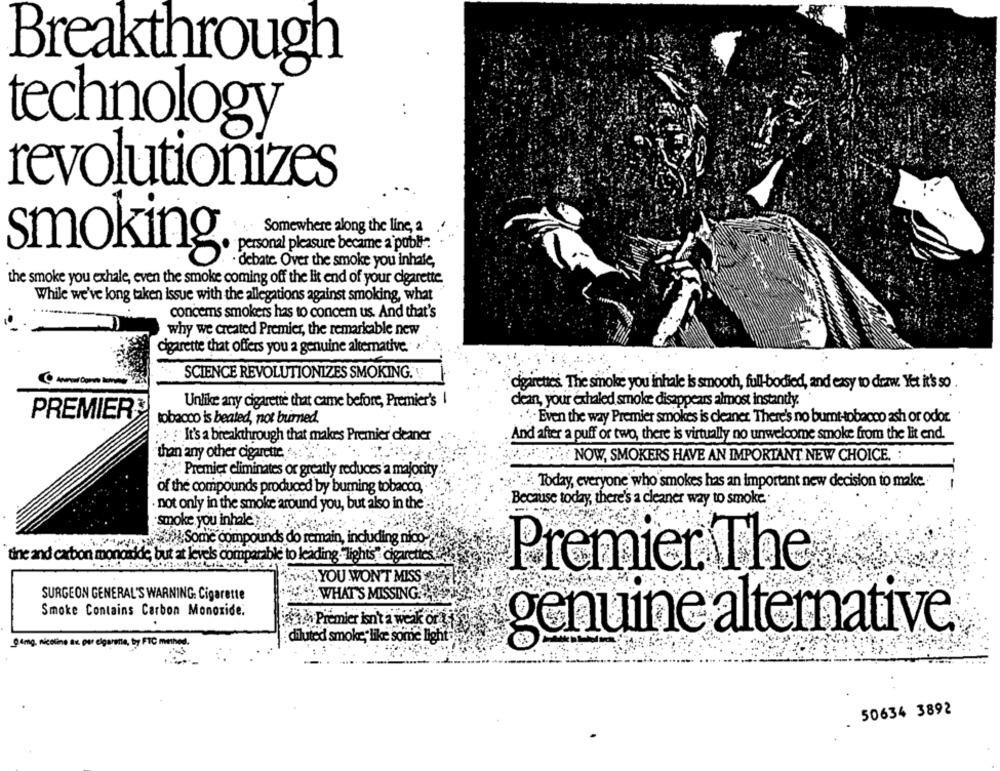
Breakthrough
technology
revolutionizes
Somewhere along the line, a
personal pleasure became a publi*
· debate Over the smoke you inhale,
smoking.
the smoke you exhale, even the smoke coming off the lit end of your cigarette
While we've long taken issue with the allegations against smoking, what
concems smokers has to concem us. And that's
why we created Premier, the remaricable new
cigarette that offers you a genuine alternative. .:
SCIENCE REVOLUTIONIZES SMOKING.
----
cigarettes. The smoke you inhale is smooth, full-bodied, and easy to draw. Yet it's so
Unlike any cigarette that came before, Premier's I
dean, your exhaled smoke disappears almost instantly.
PREMIER>
tobacco is beated, not burned.
"Even the way Premier smokes is cleaner. There's no bumt-tobacco ash or odor
: It's a breakthrough that makes Premier cleaner
And after a puff or two, there is virtually no unwelcome smoke from the lit end.
than any other cigarette
; NOW, SMOKERS HAVE AN IMPORTANT NEW CHOICE. :
*** Premier eliminates or greatly reduces a majority
Today, everyone who smokes has an important new decision to make.
of the compounds produced by burning tobacco ,.
Because today, there's a cleaner way to smoke.
not only in the smoke around you, but also in the
smoke you inhale
Some compounds do remain, including nix
tine and carbon monoxide, but at levels comparable to leading. "lights : cigarettes
Premier The
ASYOU WON'T MISS
SURGEON GENERAL'S WARNING: Cigarette
WHAT'S MISSINGS
Smoke Contains Carbon Monoxide.
ctià Premier isn't a weak or
diluted smoke, like some light
genuine alternative
gang nicoline ax por elgarona, by FTC method.
50634 3892